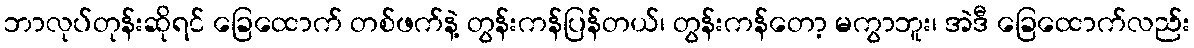
ဘာလုပ်တုန်းဆိုရင် ခြေထောက် တစ်ဖက်နဲ့ တွန်းကန်ပြန်တယ်၊ တွန်းကန်တော့ မကွာဘူး၊ အဲဒီ ခြေထောက်လည်း